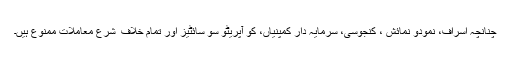
چنانچہ اسراف، نمودو نمائش ، کنجوسی، سرمایہ دار کمپنیاں، کو آپریٹو سو سائٹیز اور تمام خلاف ِ شرع معاملات ممنوع ہیں۔